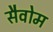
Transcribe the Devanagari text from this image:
सैवोम